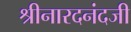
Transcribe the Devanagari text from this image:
श्रीनारदनंदजी